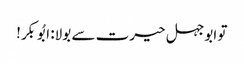
تو ابوجہل حیرت سے بولا: ابُوبکر!